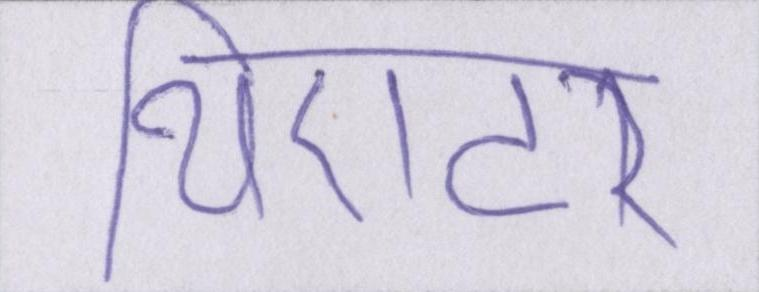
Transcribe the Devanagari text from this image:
थिएटर